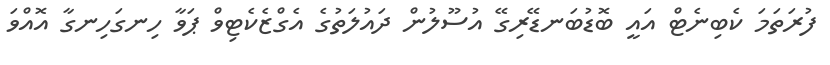
ފުރަތަމަ ކެބިނެޓް އައީ ބޮޑުބަނޑޭރިގޭ އުސޫލުން ދައުލަތުގެ އެގްޒެކެޓިވް ޕަވާ ހިނގަހިނގާ އޮއްވަ